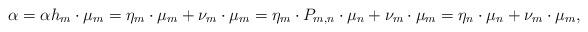
LaTeX: \begin{align*}\alpha &=\alpha h_m \cdot \mu_m = \eta_m \cdot \mu_m + \nu_m \cdot \mu_m= \eta_m \cdot P_{m,n} \cdot \mu_{n} + \nu_m \cdot \mu_m = \eta_n \cdot \mu_{n} + \nu_m \cdot \mu_m, \end{align*}